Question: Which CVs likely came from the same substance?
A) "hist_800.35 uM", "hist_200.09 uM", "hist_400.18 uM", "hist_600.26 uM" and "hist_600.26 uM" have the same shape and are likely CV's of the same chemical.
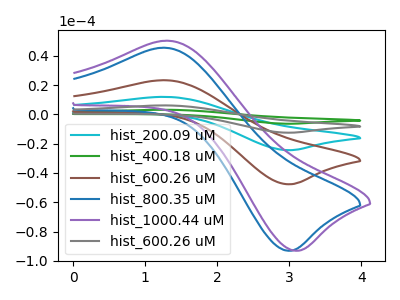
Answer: <think>The cyan curve "hist_200.09 uM" has an anodic peak at (1.25V, 46.60uA) and a cathodic peak at (3.05V, -95.30uA). The green curve "hist_400.18 uM" has an anodic peak at (1.25V, 93.20uA) and a cathodic peak at (3.05V, -190.60uA). The brown curve "hist_600.26 uM" has an anodic peak at (1.25V, 23.30uA) and a cathodic peak at (3.05V, -47.65uA). The blue curve "hist_800.35 uM" has an anodic peak at (1.25V, 45.45uA) and a cathodic peak at (3.05V, -93.00uA). The purple curve "hist_1000.44 uM" has an anodic peak at (1.30V, 50.25uA) and a cathodic peak at (3.15V, -93.00uA). The gray curve "hist_600.26 uM" has an anodic peak at (1.25V, 69.90uA) and a cathodic peak at (3.05V, -142.95uA).
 All the peaks in "hist_200.09 uM" have a peak in "hist_400.18 uM" at the same potential. Every peak in "hist_200.09 uM" is lower than every peak in "hist_400.18 uM". All the peaks in "hist_200.09 uM" have a peak in "hist_600.26 uM" at the same potential. Every peak in "hist_200.09 uM" is higher than every peak in "hist_600.26 uM". All the peaks in "hist_200.09 uM" have a peak in "hist_800.35 uM" at the same potential. Every peak in "hist_200.09 uM" is higher than every peak in "hist_800.35 uM". "hist_200.09 uM" and "hist_1000.44 uM" have at least one peak that do not match. All the peaks in "hist_200.09 uM" have a peak in "hist_600.26 uM" at the same potential. Every peak in "hist_200.09 uM" is lower than every peak in "hist_600.26 uM". All the peaks in "hist_400.18 uM" have a peak in "hist_600.26 uM" at the same potential. Every peak in "hist_400.18 uM" is higher than every peak in "hist_600.26 uM". All the peaks in "hist_400.18 uM" have a peak in "hist_800.35 uM" at the same potential. Every peak in "hist_400.18 uM" is higher than every peak in "hist_800.35 uM". "hist_400.18 uM" and "hist_1000.44 uM" have at least one peak that do not match. All the peaks in "hist_400.18 uM" have a peak in "hist_600.26 uM" at the same potential. Every peak in "hist_400.18 uM" is higher than every peak in "hist_600.26 uM". All the peaks in "hist_600.26 uM" have a peak in "hist_800.35 uM" at the same potential. Every peak in "hist_600.26 uM" is lower than every peak in "hist_800.35 uM". "hist_600.26 uM" and "hist_1000.44 uM" have at least one peak that do not match. All the peaks in "hist_600.26 uM" have a peak in "hist_600.26 uM" at the same potential. Every peak in "hist_600.26 uM" is lower than every peak in "hist_600.26 uM". "hist_800.35 uM" and "hist_1000.44 uM" have at least one peak that do not match. All the peaks in "hist_800.35 uM" have a peak in "hist_600.26 uM" at the same potential. Every peak in "hist_800.35 uM" is lower than every peak in "hist_600.26 uM". "hist_1000.44 uM" and "hist_600.26 uM" have at least one peak that do not match.</think>
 <answer>A) "hist_800.35 uM", "hist_200.09 uM", "hist_400.18 uM", "hist_600.26 uM" and "hist_600.26 uM" have the same shape and are likely CV's of the same chemical.</answer>
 <eval>A</eval>